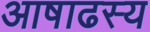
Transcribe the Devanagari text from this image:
आषाढस्य